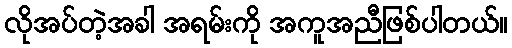
လိုအပ်တဲ့အခါ အရမ်းကို အကူအညီဖြစ်ပါတယ်။